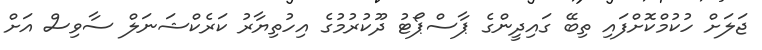
ޖަލަށް ހުކުމްކޮށްފައި ތިބޭ ގައިދީންގެ ޕާސްޕޯޓު ދޫކުރުމުގެ އިހުތިޔާރު ކަރެކްޝަނަލް ސާވިސް އަށް